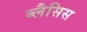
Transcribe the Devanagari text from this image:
ब्लैसिस